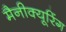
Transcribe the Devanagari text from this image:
मैनीक्यूरिंग